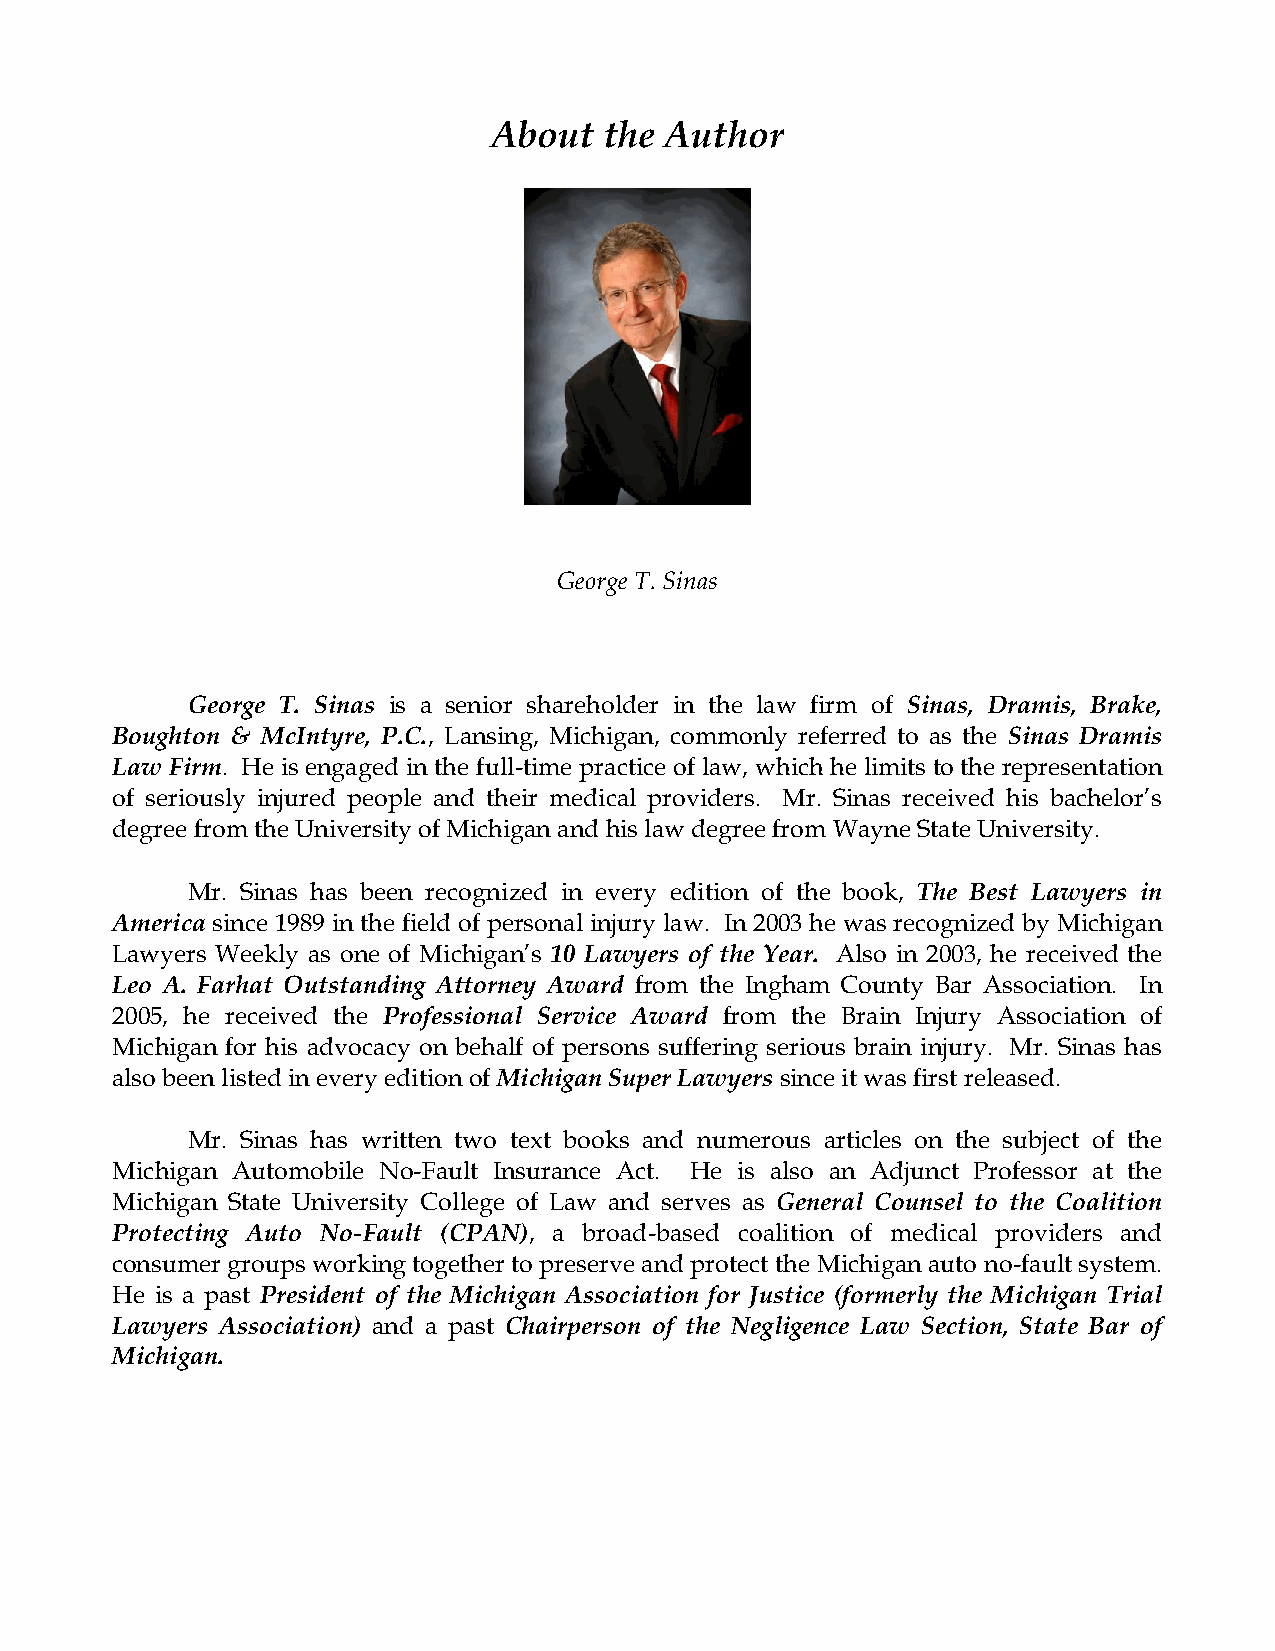
About   the Author
 George T. Sinas
 George T. Sinas is a senior shareholder in the law firm of Sinas, Dramis, Brake,
 Boughton & McIntyre, P.C., Lansing, Michigan, commonly referred to as the Sinas Dramis
 Law Firm. He is engaged in the full-time practice of law, which he limits to the representation
 of seriously injured people and their medical providers. Mr. Sinas received his bachelor’s
 degree from the University of Michigan and his law degree from Wayne State University.
 Mr. Sinas has been recognized in every edition of the book, The Best Lawyers in
 America since 1989 in the field of personal injury law. In 2003 he was recognized by Michigan
 Lawyers Weekly as one of Michigan’s 10 Lawyers of the Year. Also in 2003, he received the
 Leo A. Farhat Outstanding Attorney Award from the Ingham County Bar Association. In
 2005, he received the Professional Service Award from the Brain Injury Association of
 Michigan for his advocacy on behalf of persons suffering serious brain injury. Mr. Sinas has
 also been listed in every edition of Michigan Super Lawyers since it was first released.
 Mr. Sinas has written two text books and numerous articles on the subject of the
 Michigan Automobile No-Fault Insurance Act. He is also an Adjunct Professor at the
 Michigan State University College of Law and serves as General Counsel to the Coalition
 Protecting Auto No-Fault (CPAN), a broad-based coalition of medical providers and
 consumer groups working together to preserve and protect the Michigan auto no-fault system.
 He is a past President of the Michigan Association for Justice (formerly the Michigan Trial
 Lawyers Association) and a past Chairperson of the Negligence Law Section, State Bar of
 Michigan.